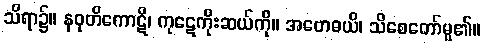
သိရာ၌။ နဝုတိကောဋိ၊ ကုဋေကိုးဆယ်ကို။ အဗောဓယိ၊ သိစေတော်မူ၏။